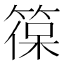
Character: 𮅡